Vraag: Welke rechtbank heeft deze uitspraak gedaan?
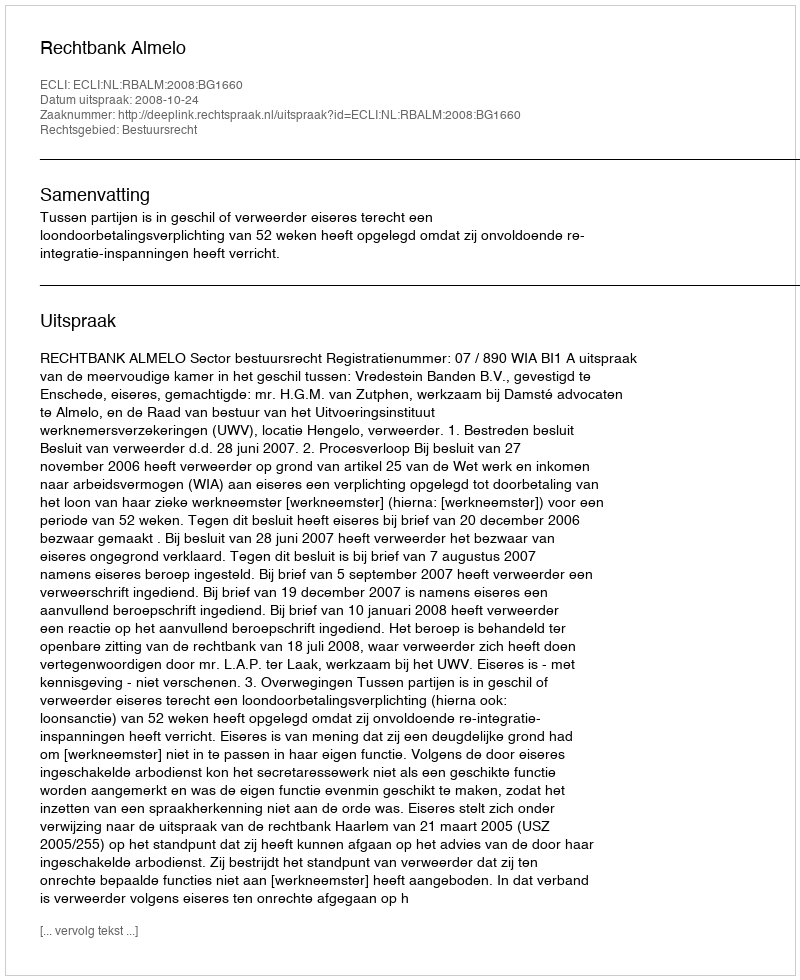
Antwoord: Rechtbank Almelo